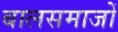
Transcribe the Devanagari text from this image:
बालसमाजों